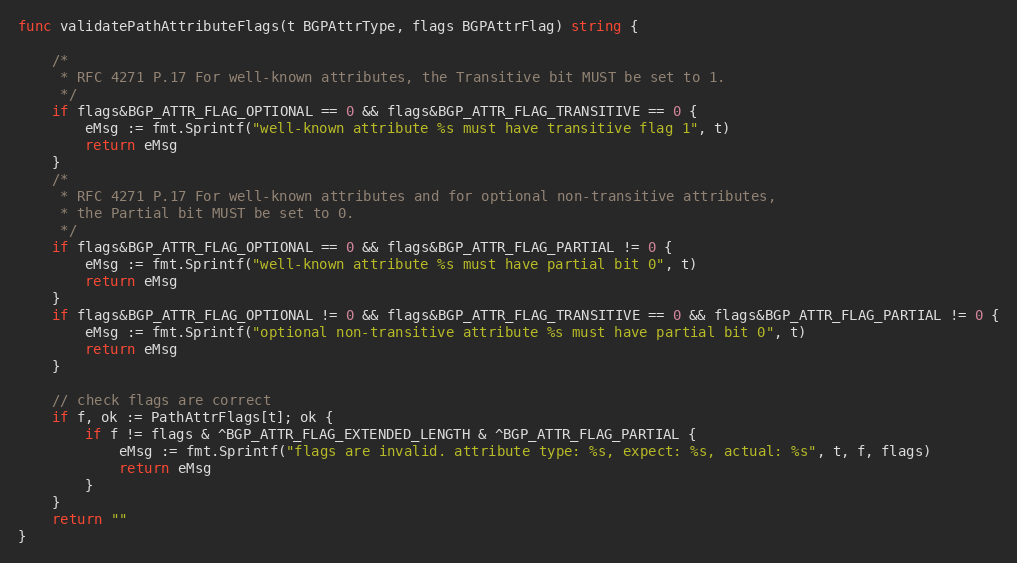
Language: Go
func validatePathAttributeFlags(t BGPAttrType, flags BGPAttrFlag) string {

	/*
	 * RFC 4271 P.17 For well-known attributes, the Transitive bit MUST be set to 1.
	 */
	if flags&BGP_ATTR_FLAG_OPTIONAL == 0 && flags&BGP_ATTR_FLAG_TRANSITIVE == 0 {
		eMsg := fmt.Sprintf("well-known attribute %s must have transitive flag 1", t)
		return eMsg
	}
	/*
	 * RFC 4271 P.17 For well-known attributes and for optional non-transitive attributes,
	 * the Partial bit MUST be set to 0.
	 */
	if flags&BGP_ATTR_FLAG_OPTIONAL == 0 && flags&BGP_ATTR_FLAG_PARTIAL != 0 {
		eMsg := fmt.Sprintf("well-known attribute %s must have partial bit 0", t)
		return eMsg
	}
	if flags&BGP_ATTR_FLAG_OPTIONAL != 0 && flags&BGP_ATTR_FLAG_TRANSITIVE == 0 && flags&BGP_ATTR_FLAG_PARTIAL != 0 {
		eMsg := fmt.Sprintf("optional non-transitive attribute %s must have partial bit 0", t)
		return eMsg
	}

	// check flags are correct
	if f, ok := PathAttrFlags[t]; ok {
		if f != flags & ^BGP_ATTR_FLAG_EXTENDED_LENGTH & ^BGP_ATTR_FLAG_PARTIAL {
			eMsg := fmt.Sprintf("flags are invalid. attribute type: %s, expect: %s, actual: %s", t, f, flags)
			return eMsg
		}
	}
	return ""
}